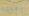
دماغه